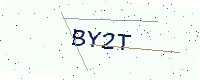
Text: BY2T